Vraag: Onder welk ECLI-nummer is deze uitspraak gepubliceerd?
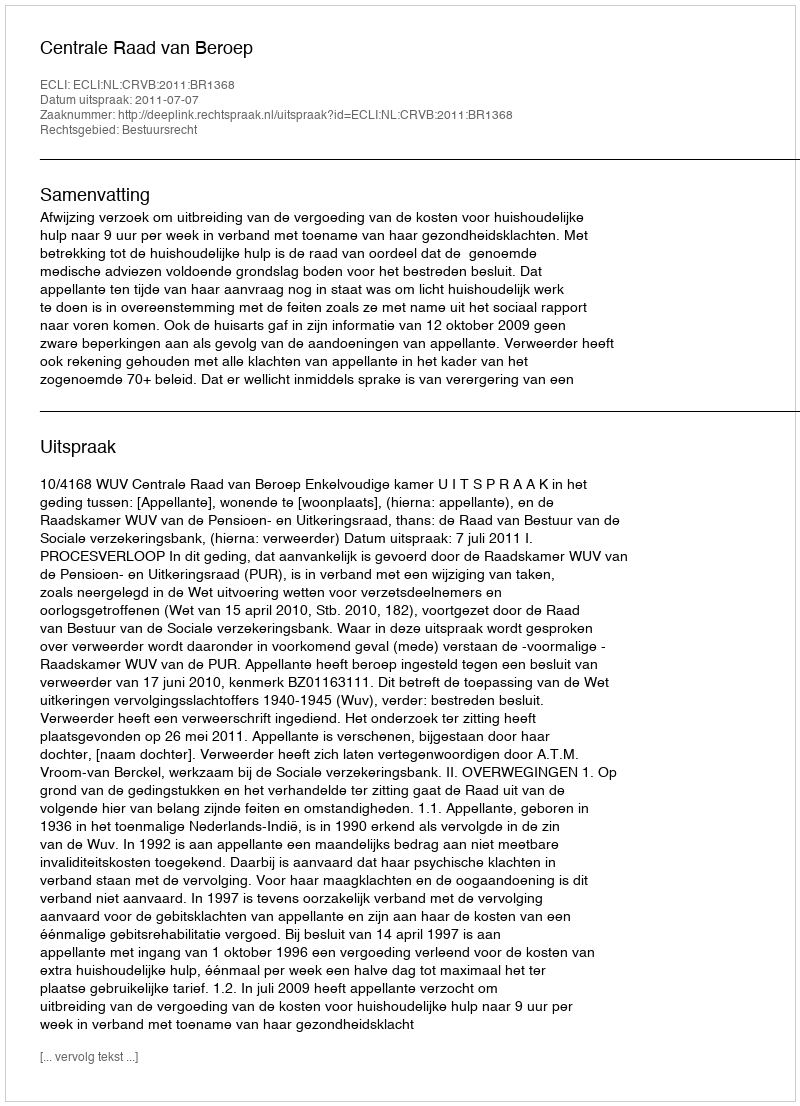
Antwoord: ECLI:NL:CRVB:2011:BR1368